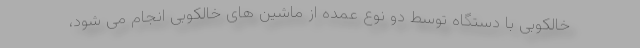
خالکوبی با دستگاه توسط دو نوع عمده از ماشین های خالکوبی انجام می شود،